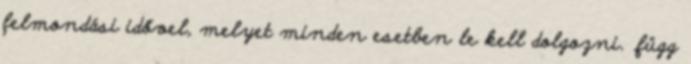
felmondási idővel, melyet minden esetben le kell dolgozni. .függ